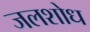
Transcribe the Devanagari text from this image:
जलशोध